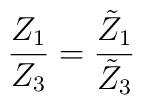
\frac{Z_1}{Z_3}=\frac{\tilde Z_1}{\tilde Z_3}